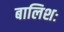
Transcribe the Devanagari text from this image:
बालिशः